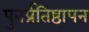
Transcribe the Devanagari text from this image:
पुनर्प्रतिष्ठापन